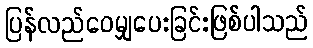
ပြန်လည်ဝေမျှပေးခြင်းဖြစ်ပါသည်